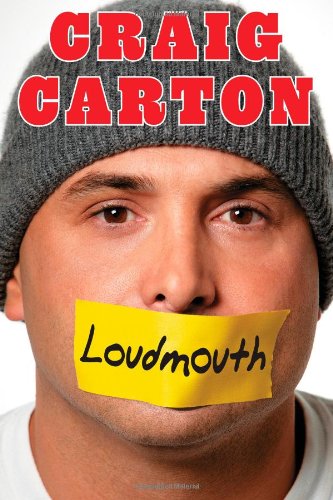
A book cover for Loudmouth: Tales (and Fantasies) of Sports, Sex, and Salvation from Behind the Microphone; Craig Carton; Humor & Entertainment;